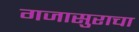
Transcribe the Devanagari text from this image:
गजासुराचा